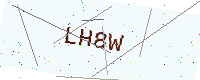
Text: LH8W